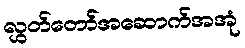
လွှတ်တော်အဆောက်အအုံ